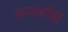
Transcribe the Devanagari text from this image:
अन्तर्बाह्य